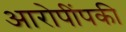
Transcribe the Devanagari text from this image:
आरोपींपकी